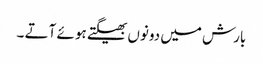
بارش میں دونوں بھیگتے ہو ئے آتے ۔